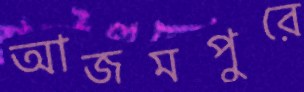
আজমপুরে